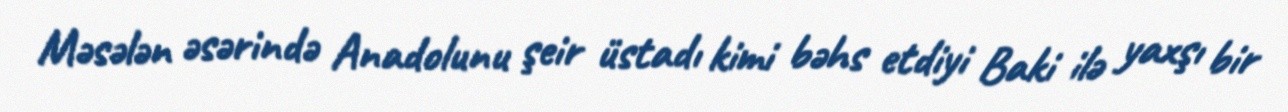
Məsələn əsərində Anadolunu şeir üstadı kimi bəhs etdiyi Baki ilə yaxşı bir